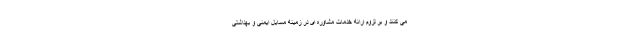
می کنند و بر لزوم ارائه خدمات مشاوره ای در زمینه مسایل ایمنی و بهداشتی